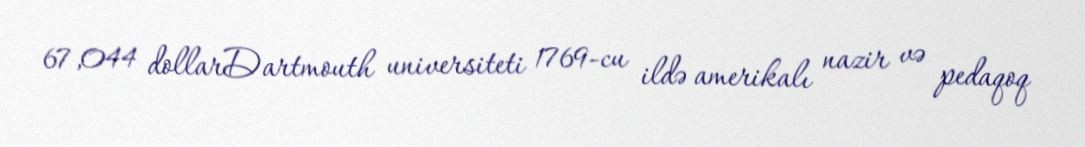
67,044 dollarDartmouth universiteti 1769-cu ildə amerikalı nazir və pedaqoq